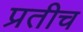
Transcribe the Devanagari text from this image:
प्रतीच